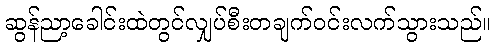
ဆွန်ညာ့ခေါင်းထဲတွင်လျှပ်စီးတချက်ဝင်းလက်သွားသည်။